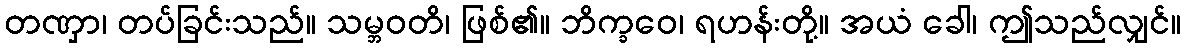
တဏှာ၊ တပ်ခြင်းသည်။ သမ္ဘဝတိ၊ ဖြစ်၏။ ဘိက္ခဝေ၊ ရဟန်းတို့။ အယံ ခေါ၊ ဤသည်လျှင်။